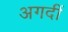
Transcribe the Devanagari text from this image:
अगदीं